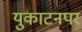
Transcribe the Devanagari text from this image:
युकाटनपर